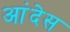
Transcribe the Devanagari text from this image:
आंदेस